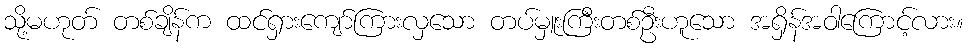
သို့မဟုတ် တစ်ချိန်က ထင်ရှားကျော်ကြားလှသော တပ်မှူးကြီးတစ်ဦးဟူသော အရှိန်အဝါကြောင့်လား။